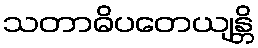
သတာဓိပတေယျန္တိ